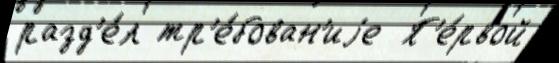
разд'е́л тр'е́бован'иjе  П'е́рвой